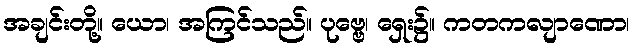
အချင်းတို့။ ယော၊ အကြင်သည်။ ပုဗ္ဗေ၊ ရှေး၌။ ကတကလျာဏော၊